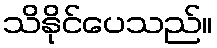
သိနိုင်ပေသည်။